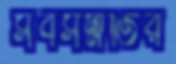
সর্বসম্মতির